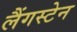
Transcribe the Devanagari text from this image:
लैंगस्टेन